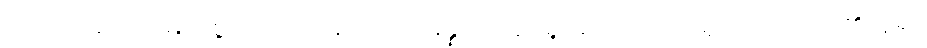
တထာဂတော၊ မြတ်စွာဘုရားသည်။ ပသန္နော၊ ကြည်ရွှင်ရကား။ သာဓူတိ၊ ကောင်း၏ဟူ၍။